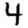
Digit: 4